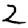
Digit: 2